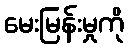
မေးမြန်းမှုကို